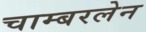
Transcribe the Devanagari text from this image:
चाम्बरलेन